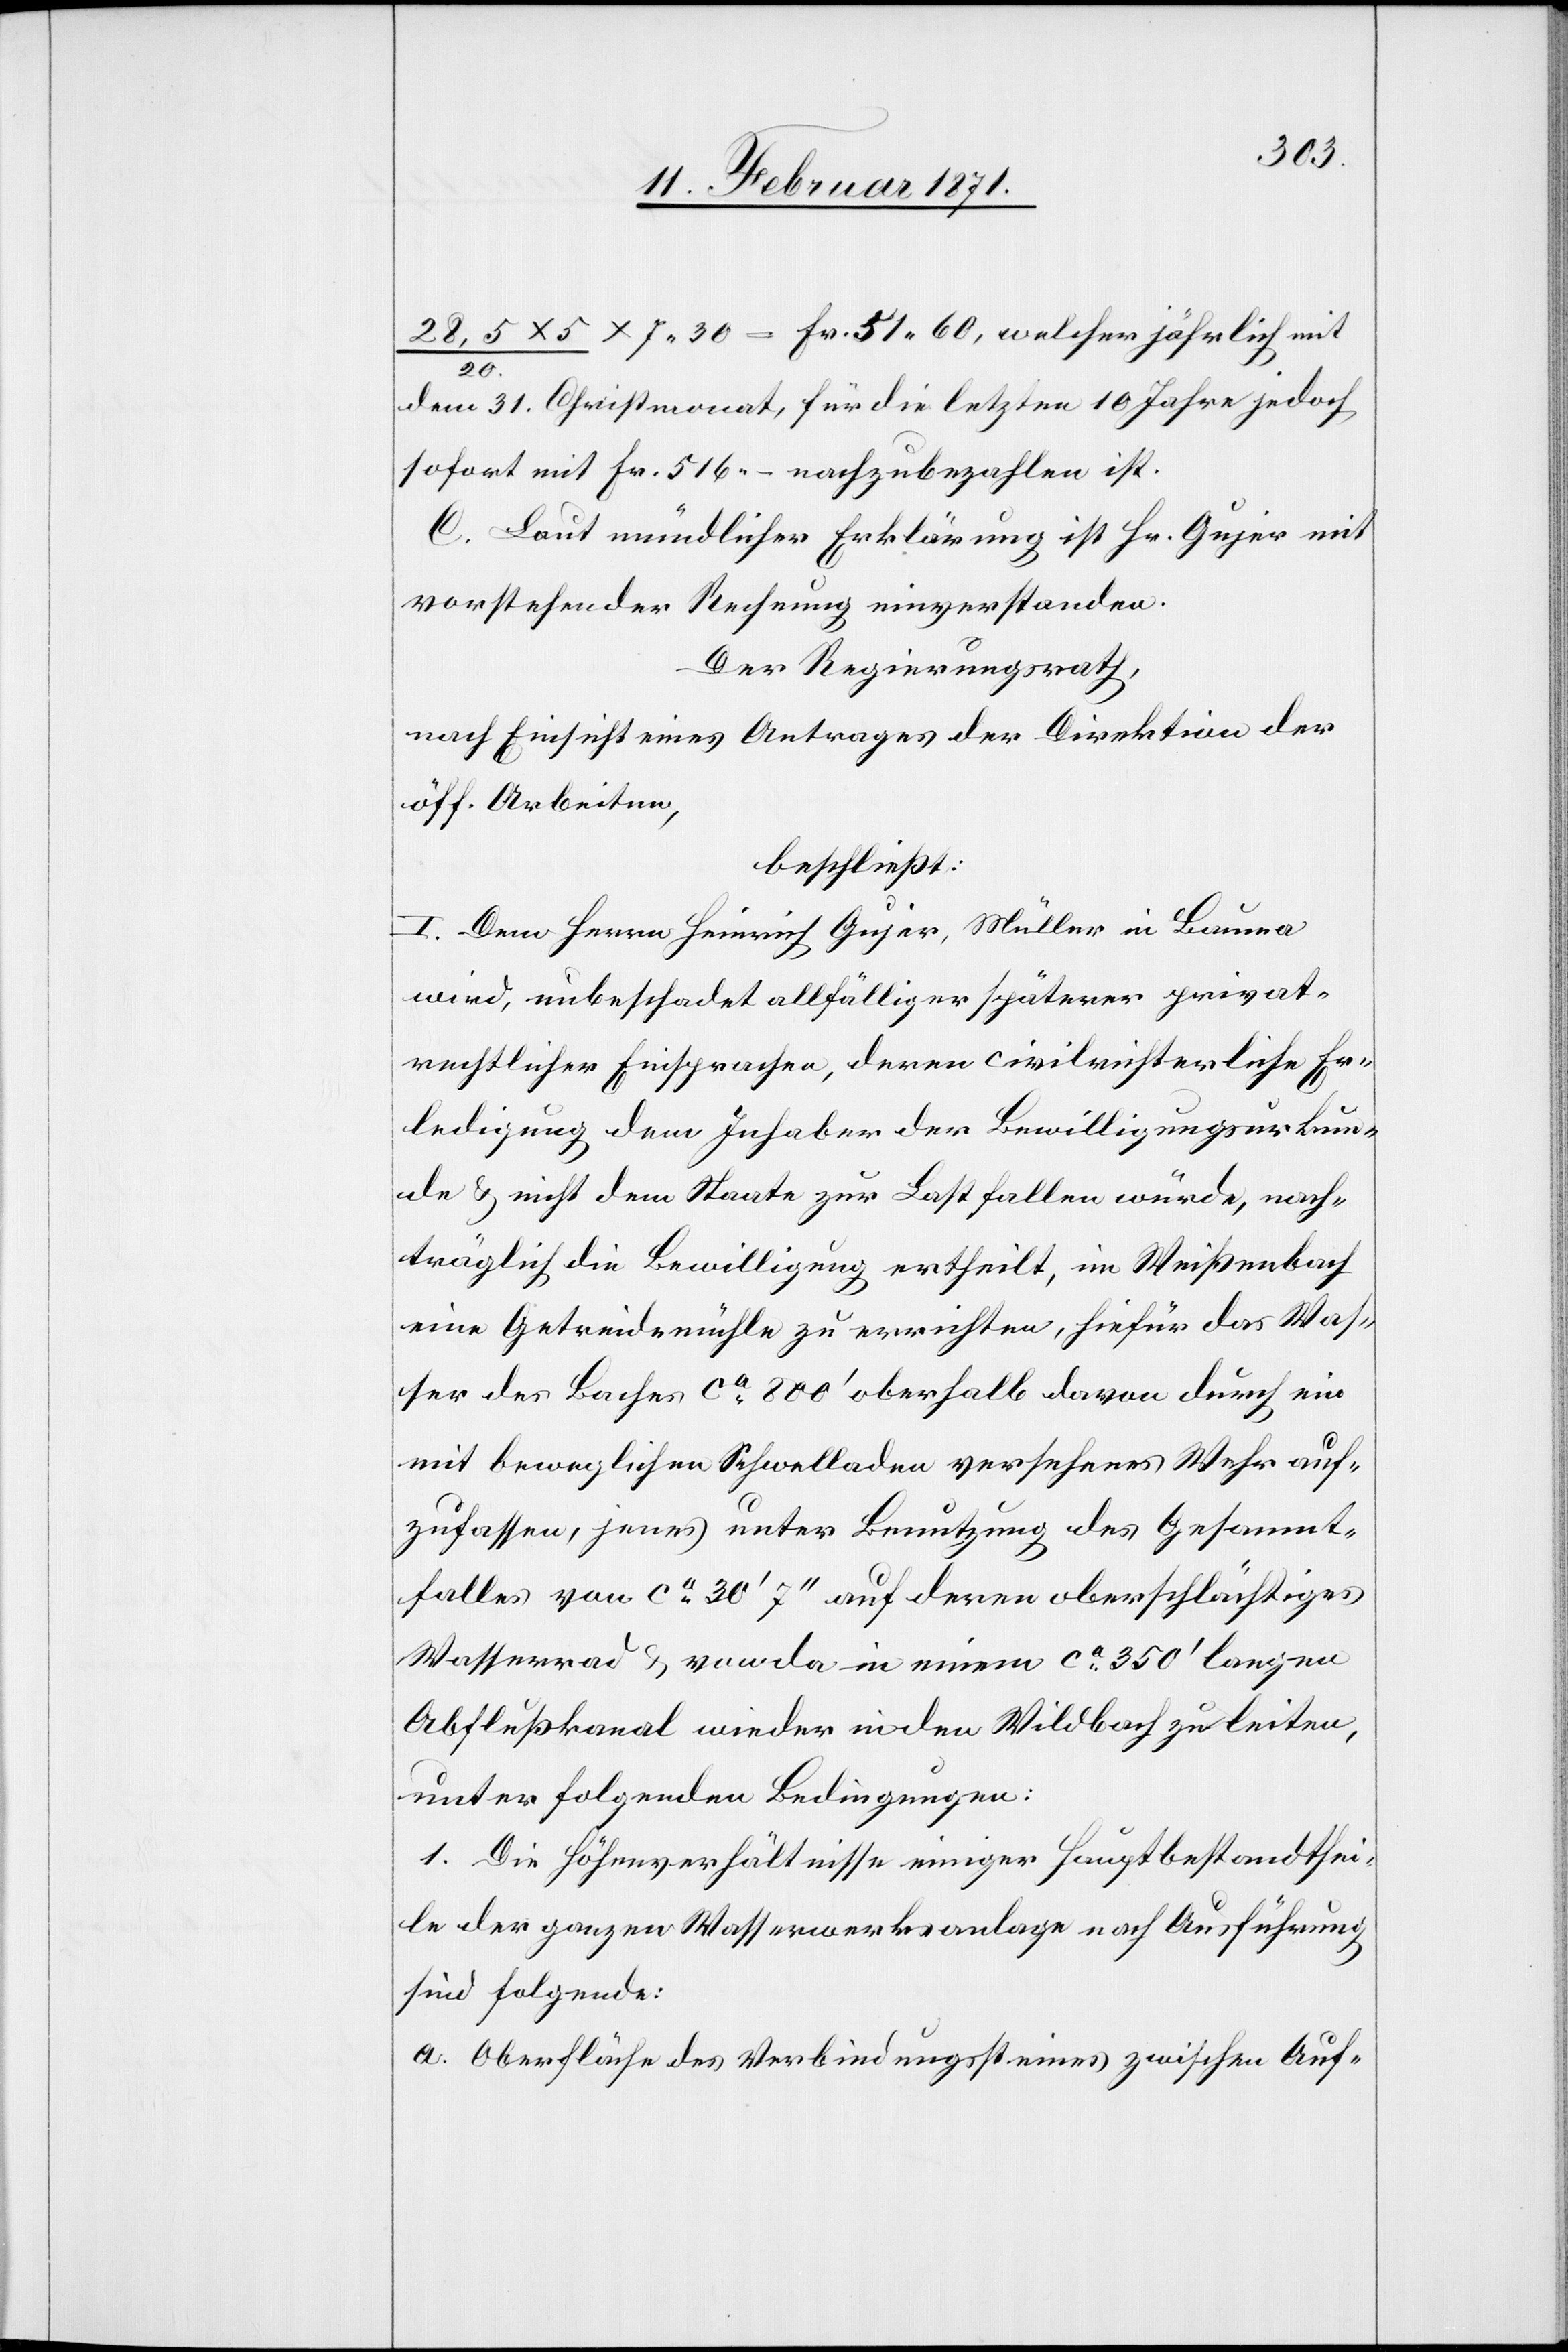
28,5x5/20. x7.30 = Fr. 51.60, welcher jährlich mit
dem 31. Christmonat, für die letzten 10 Jahre jedoch
sofort mit Fr. 516.– nachzubezahlen ist.
C. Laut mündlicher Erklärung ist Hr. Gujer mit
vorstehender Rechnung einverstanden.
Der Regierungsrath,
nach Einsicht eines Antrages der Direktion der
öff. Arbeiten,
beschließt:
I. Dem Herrn Heinrich Gujer, Müller in Bauma
wird, unbeschadet allfälliger späterer privat¬
rechtlicher Einsprachen, deren civilrichterliche Er¬
ledigung dem Inhaber der Bewilligungsurkun¬
de u. nicht dem Staate zur Last fallen würde, nach¬
träglich die Bewilligung ertheilt, in Weißenbach
eine Getreidemühle zu errichten, hiefür das Was¬
ser des Baches ca. 800‘ oberhalb davon durch ein
mit beweglichen Schwelladen versehenes Wehr auf¬
zufassen, jenes unter Benutzung des Gesammt¬
falles von ca. 30‘7“ auf deren oberschlächtiges
Wasserrad u. von da in einem ca. 350‘ langen
Abflußkanal wieder in den Wildbach zu leiten,
unter folgenden Bedingungen:
1. Die Höhenverhältnisse einiger Hauptbestandthei¬
le der ganzen Wasserwerksanlage nach Ausführung
sind folgende:
Oberfläche des Verbindungssteines zwischen Auf-